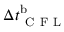
{ \Delta t _ { \mathrm { ~ C ~ F ~ L ~ } } ^ { \mathrm { b } } }